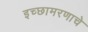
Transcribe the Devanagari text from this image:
इच्छामरणाचे